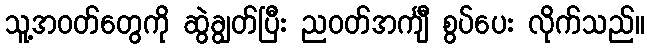
သူ့အဝတ်တွေကို ဆွဲချွတ်ပြီး ညဝတ်အင်္ကျီ စွပ်ပေး လိုက်သည်။